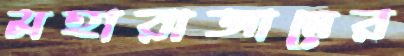
মহারাজাদের